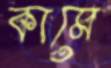
কামে